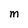
Character: M